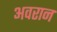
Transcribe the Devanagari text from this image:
अवरान